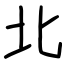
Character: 北